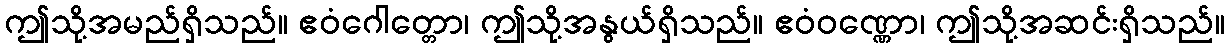
ဤသို့အမည်ရှိသည်။ ဧဝံဂေါတ္တော၊ ဤသို့အနွယ်ရှိသည်။ ဧဝံဝဏ္ဏော၊ ဤသို့အဆင်းရှိသည်။